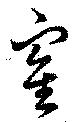
寉